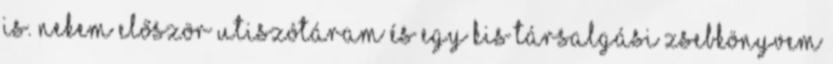
is. Nekem először utiszótáram és egy kis társalgási zsebkönyvem